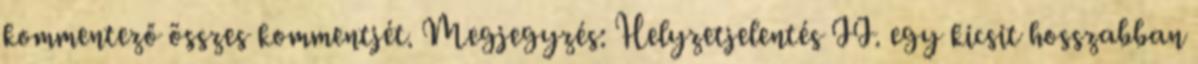
kommentező összes kommentjét. Megjegyzés: Helyzetjelentés II. egy kicsit hosszabban